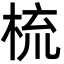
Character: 梳